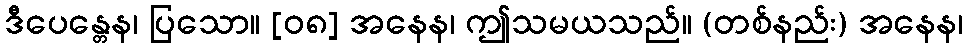
ဒီပေန္တေန၊ ပြသော။ [၀၈] အနေန၊ ဤသမယသည်။ (တစ်နည်း) အနေန၊